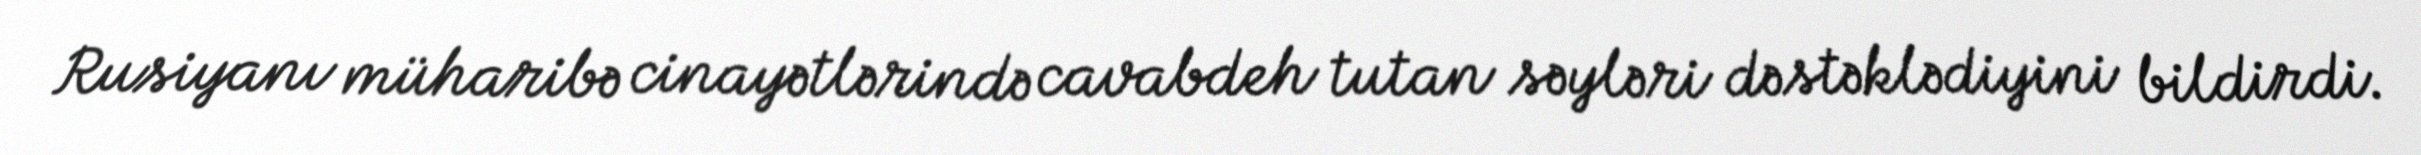
Rusiyanı müharibə cinayətlərində cavabdeh tutan səyləri dəstəklədiyini bildirdi.